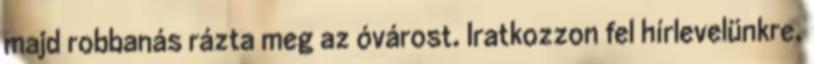
majd robbanás rázta meg az óvárost. Iratkozzon fel hírlevelünkre,